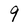
Character: 9